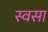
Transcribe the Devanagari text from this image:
स्वसा